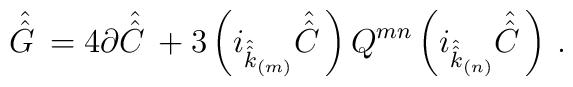
\hat{\hat{G}\,} = 4\partial \hat{\hat{C}\,} +3\left(i_{\hat{\hat{k}}_{\scriptscriptstyle (m)}}\hat{\hat{C}\,}\right)Q^{mn}\left(i_{\hat{\hat{k}}_{\scriptscriptstyle (n)}}\hat{\hat{C}\,}\right)\, .